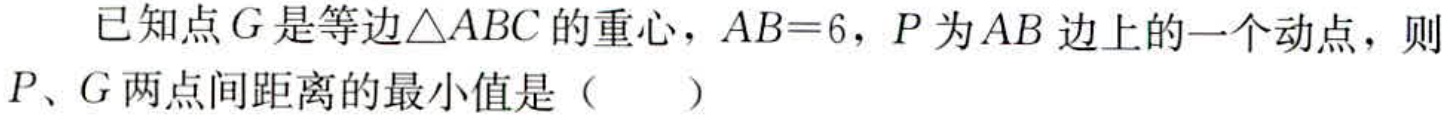
已知点\(G\)是等边\(\triangle ABC\)的重心，\(AB = 6\)，\(P\)为\(AB\)边上的一个动点，则\(P\)、\(G\)两点间距离的最小值是（  ）